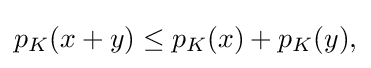
{\textstyle p_{K}(x+y)\leq p_{K}(x)+p_{K}(y),}